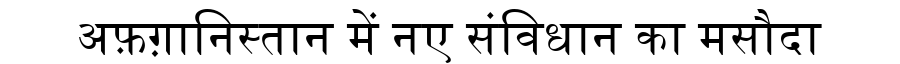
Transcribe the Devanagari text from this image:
अफ़ग़ानिस्तान में नए संविधान का मसौदा